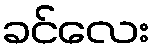
ခင်လေး